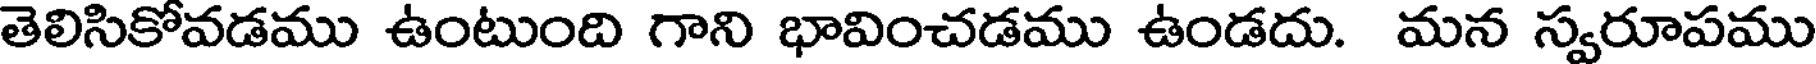
తెలిసికోవడము ఉంటుంది గాని భావించడము ఉండదు. మన స్వరూపము